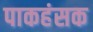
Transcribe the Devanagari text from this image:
पाकहंसक